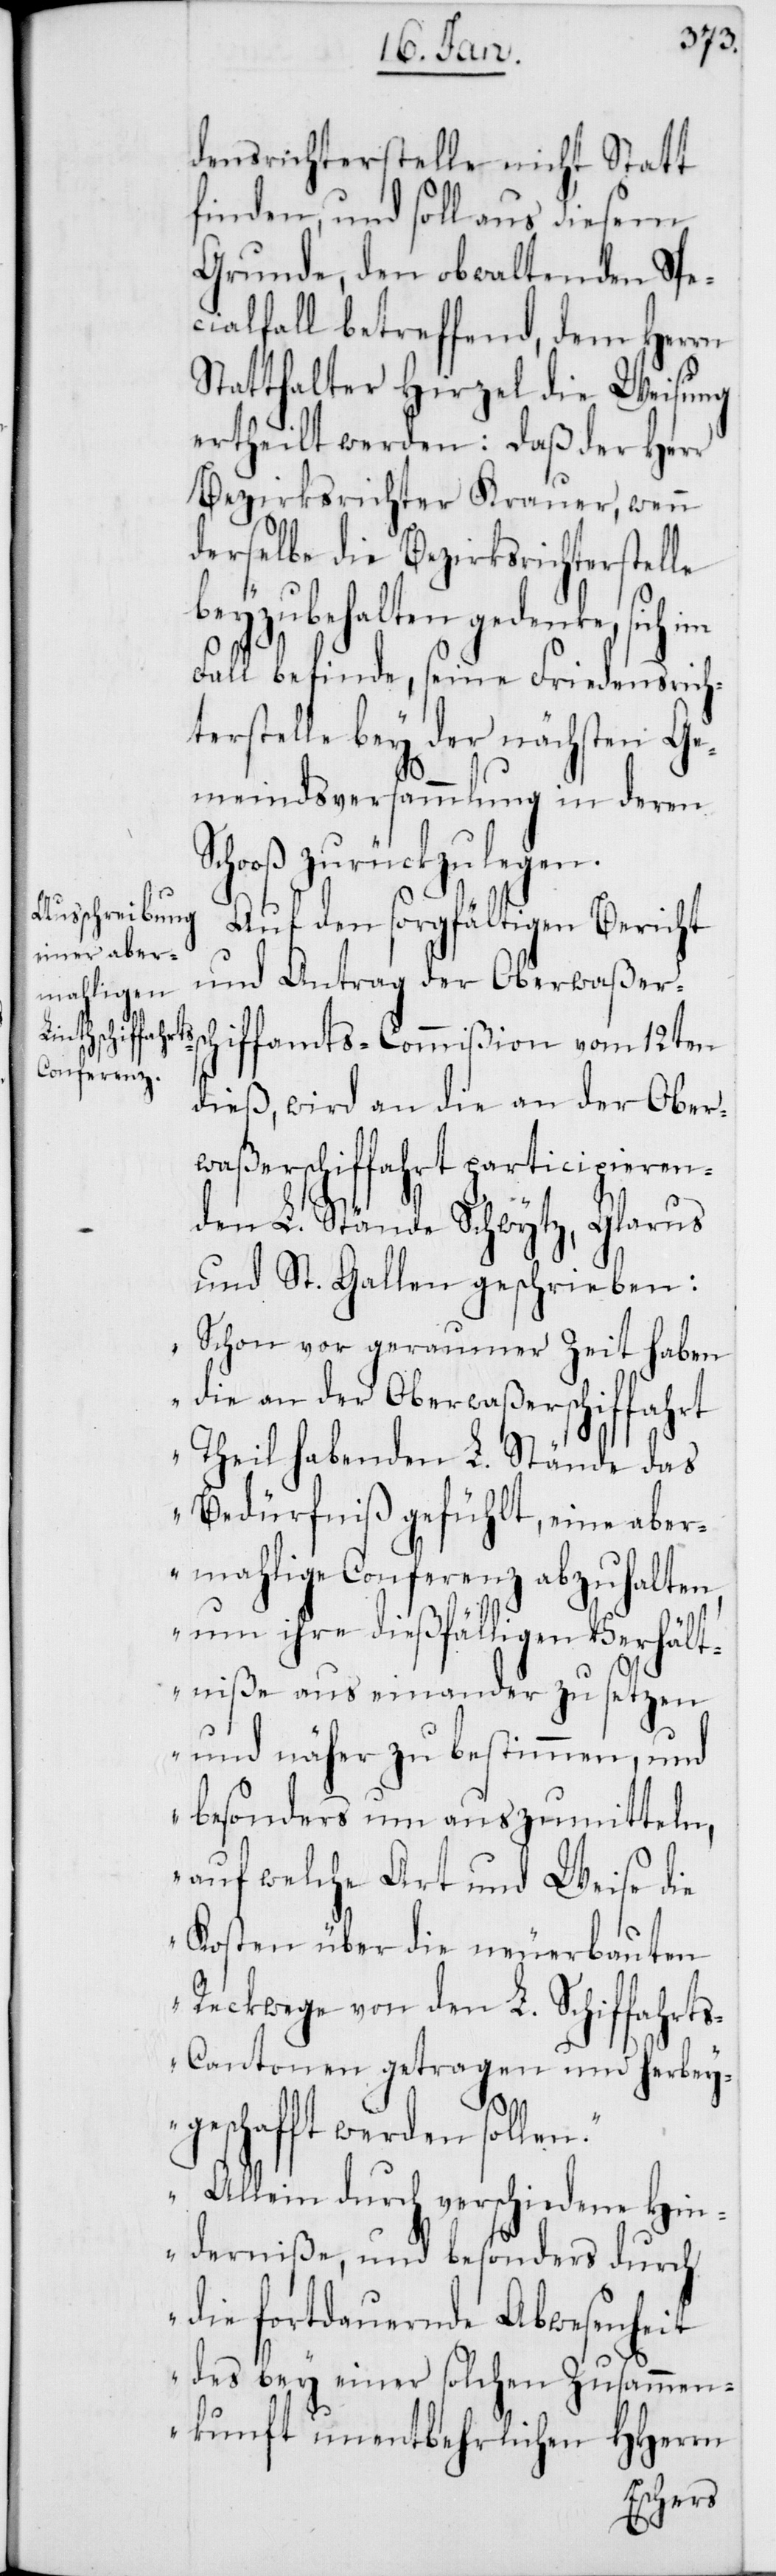
densrichterstelle nicht Statt
finden, und soll aus diesem
Grunde, den obwaltenden Spe¬
cialfall betreffend, dem Herrn
Statthalter Hirzel die Weisung
ertheilt werden: daß der Herr
Bezirksrichter Krauer, wenn
derselbe die Bezirksrichterstelle
beyzubehalten gedenke, sich
Fall befinde, seine Friedensrich¬
terstelle bey der nächsten Ge¬
meindsversammlung in deren
Schoß zurückzulegen.
Auf den sorgfältigen Bericht
und Antrag der Oberwaßer¬
schiffamts-Commißion vom 12ten
dieß, wird an die an der Ober¬
waßerschiffahrt participieren¬
den L. Stände Schwytz, Glarus
und St. Gallen geschrieben:
„Schon vor geraumer Zeit haben
die an der Oberwaßerschiffahrt
Theil habenden L. Stände das
Bedürfniß gefühlt, eine aber¬
mahlige Conferenz abzuhalten,
um ihre dießfälligen Verhält¬
niße auseinander zu setzen
und näher zu bestimmen, und
besonders um auszumitteln,
auf welche Art und Weise die
Kosten über die neuerbauten
Reckwege von den L. Schiffahrt¬
s-Cantonen getragen und herbey¬
geschafft werden sollen.“
„Allein durch verschiedene Hin¬
derniße, und besonders durch
die fortdauernde Abwesenheit
des bey einer solchen Zusammen¬
kunft unentbehrlichen HHerrn